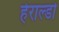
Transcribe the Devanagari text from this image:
हेराल्डो